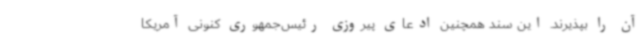
آن را بپذیرند. این سند همچنین ادعای پیروزی رئیس‌جمهوری کنونی آمریکا